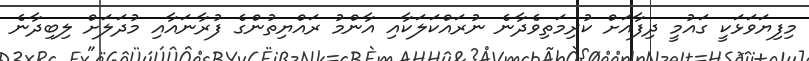
މިފިޔަވަޅަކީ ގައުމީ ދިފާއަށް ކުރިމަތިވެދާނެ ނުރައްކަލަކާއި އާންމު ރައްޔިތުންގެ ފުރާނައާއި މުދަލަށް ލިބިދާނެ